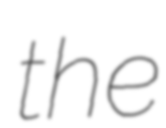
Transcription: the